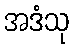
အဒံသု